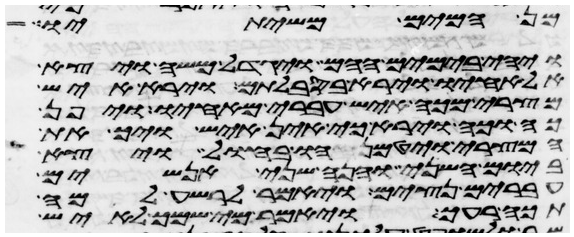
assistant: מן המים משיתיו
ויהי בימים ההם ויגדל משה ויצא
אל אחיו וירא בסבלותם וירא איש
מצרי מכה איש עברי מאחיו ויפן
כה וכה וירא כי אין איש ויך את
המצרי ויטמנהו בחול ויצא
ביום השני והנה שני אנשים
עברים נצים ויאמר לרשע למה
תכה רעך ויאמר מי שמך לאיש